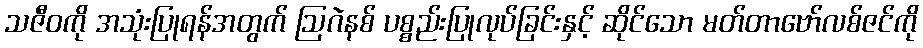
သဇီဝကို အသုံးပြုရန်အတွက် ဩဂဲနစ် ပစ္စည်းပြုလုပ်ခြင်းနှင့် ဆိုင်သော မတ်တာဗော်လစ်ဇင်ကို